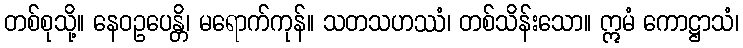
တစ်စုသို့။ နေဝဥပေန္တိ၊ မရောက်ကုန်။ သတသဟဿံ၊ တစ်သိန်းသော။ ဣမံ ကောဋ္ဌာသံ၊